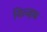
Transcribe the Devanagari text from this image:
यित्ज्हक